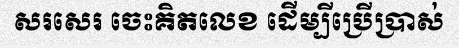
សរសេរ ចេះគិតលេខ ដើម្បីប្រើប្រាស់